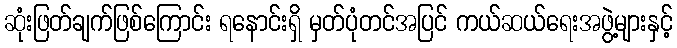
ဆုံးဖြတ်ချက်ဖြစ်ကြောင်း ရနောင်းရှိ မှတ်ပုံတင်အပြင် ကယ်ဆယ်ရေးအဖွဲ့များနှင့်